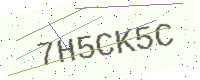
Text: 7H5CK5C